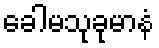
ခေါမသုခုမာနံ